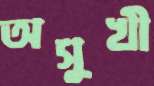
অসুখী